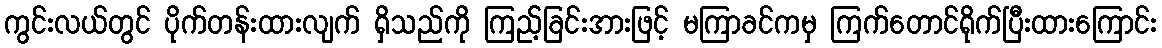
ကွင်းလယ်တွင် ပိုက်တန်းထားလျက် ရှိသည်ကို ကြည့်ခြင်းအားဖြင့် မကြာခင်ကမှ ကြက်တောင်ရိုက်ပြီးထားကြောင်း